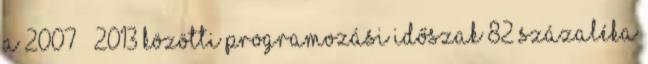
A 2007 – 2013 közötti programozási időszak 82 százaléka